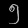
Digit: ၅